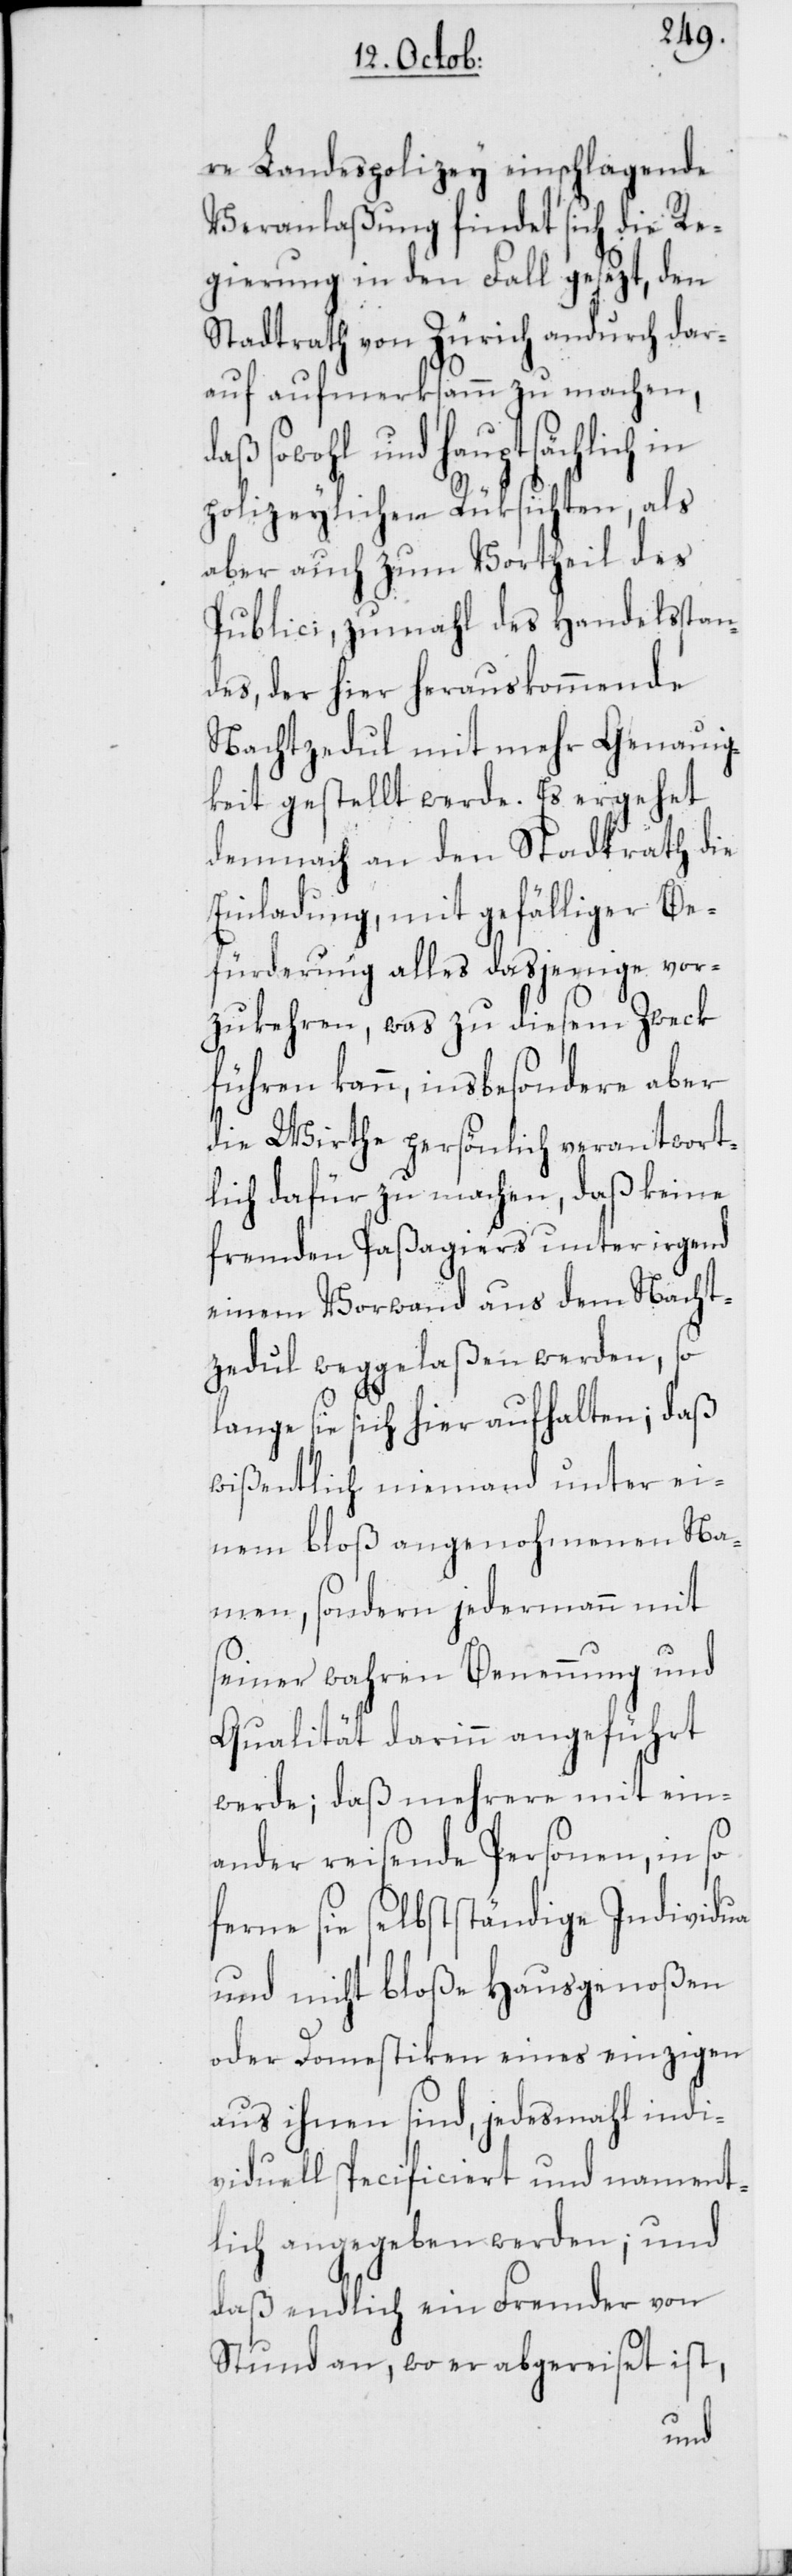
re Landespolizey einschlagende
Veranlaßung findet sich die Re¬
gierung in den Fall gesezt, den
Stadtrath von Zürich andurch dar¬
auf aufmerksamm zu machen,
daß sowohl und hauptsächlich in
polizeylichen Rüksichten, als
aber auch zum Vortheil des
Publici, zumahl des Handelsstan¬
des, der hier herauskommende
Nachtzedul mit mehr Genauig¬
keit gestellt werde. Es ergehet
demnach an den Stadtrath die
Einladung, mit gefälliger Be¬
fürderung alles dasjenige vor¬
zukehren, was zu diesem Zweck
führen kann, insbesondere aber
die Wirthe persönlich verantwort¬
lich dafür zu machen, daß keine
fremden Paßagiers unter irgend
einem Vorwand aus dem Nacht¬
zedul weggelaßen werden, so
lange sie sich hier aufhalten; daß
wißentlich niemand unter ei¬
nem bloß angenohmenen Na¬
men, sondern jedermann mit
seiner wahren Benennung und
Qualität darinn angeführt
werde; daß mehrere mit ein¬
ander reisende Personen, in so
ferne sie selbstständige Individua
und nicht bloße Hausgenoßen
oder Domestiken eines einzigen
aus ihnen sind, jedesmahl indi¬
viduell specificiert und nament¬
lich angegeben werden; und
daß endlich ein Fremder von
Stund an, wo er abgereiset ist,